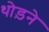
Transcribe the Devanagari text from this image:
थोड़ने